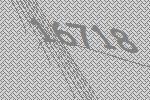
16718